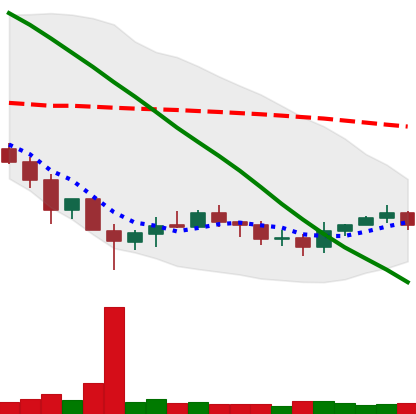
Ticker: XRP-USD
Chart end date: 2019-12-09
Forward return: -3.591%
Label: down_3_5